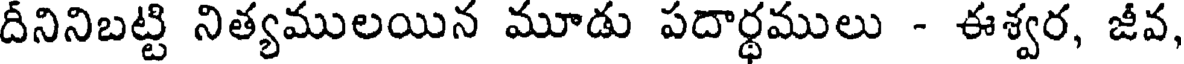
దీనినిబట్టి నిత్యములయిన మూడు పదార్ధములు - ఈశ్వర, జీవ,